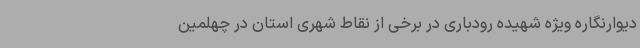
دیوارنگاره ویژه شهیده رودباری در برخی از نقاط شهری استان در چهلمین